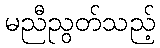
မညီညွတ်သည့်